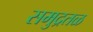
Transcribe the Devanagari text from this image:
समुद्रतळ